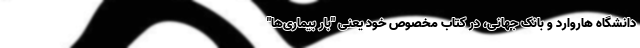
دانشگاه هاروارد و بانک جهانی، در کتاب مخصوص خود یعنی "بار بیماری‌ها"